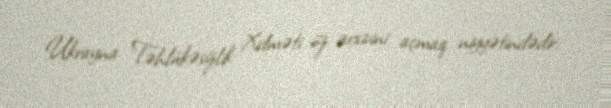
Ukrayna Təhlükəsizlik Xidməti öz arxivini açmaq niyyətindədir.